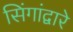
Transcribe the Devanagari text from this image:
सिंगांद्वारे